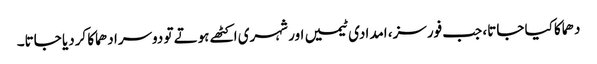
دھماکا کیا جاتا، جب فورسز، امدادی ٹیمیں اور شہری اکٹھے ہوتے تو دوسرا دھماکا کردیا جاتا۔